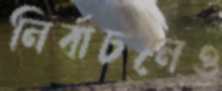
নির্বাচনেও